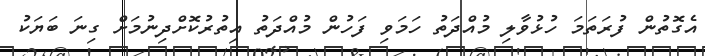
އެގޮތުން ފުރަތަމަ ހުޅުވާލި މުއްދަތު ހަމަވި ފަހުން މުއްދަތު އިތުރުކޮށްދިނުމަށް ގިނަ ބަޔަކު